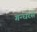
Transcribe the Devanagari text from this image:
गन्धरस